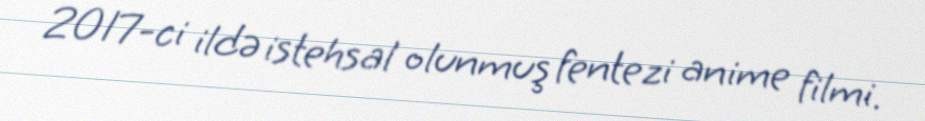
2017-ci ildə istehsal olunmuş fentezi anime filmi.